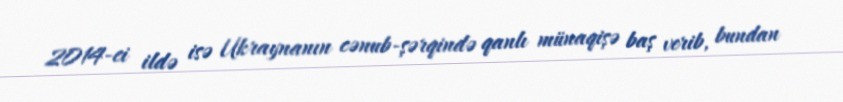
2014-ci ildə isə Ukraynanın cənub-şərqində qanlı münaqişə baş verib, bundan